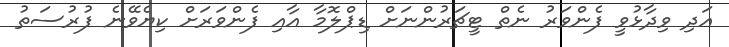
އަދި ވިދާޅުވީ ފެންވަރު ނެތް ޓީޗަރުންނަށް ޑިޕްލޮމާ އާއި ފެންވަރަށް ކިޔެވޭނެ ފުރުސަތު